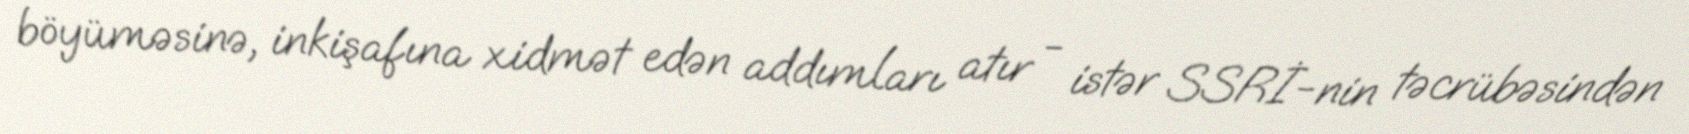
böyüməsinə, inkişafına xidmət edən addımları atır - istər SSRİ-nin təcrübəsindən